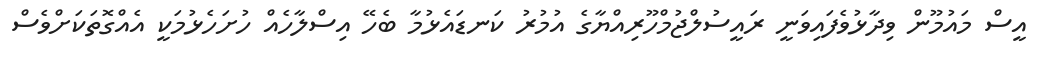
އީސް މައުމޫން ވިދާޅުވެފައިވަނީ ރައީސުލްޖުމްހޫރިއްޔާގެ އުމުރު ކަނޑައެޅުމާ ބެހޭ އިސްލާހެއް ހުށަހެޅުމަކީ އެއްގޮތަކަށްވެސް